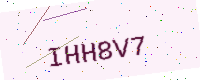
Text: IHH8V7